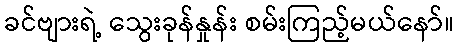
ခင်ဗျားရဲ့ သွေးခုန်နှုန်း စမ်းကြည့်မယ်နော်။